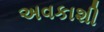
અવકાશી